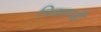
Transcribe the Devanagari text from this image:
त्रिकाण्डी